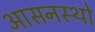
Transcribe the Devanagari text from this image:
आसनस्थो